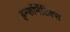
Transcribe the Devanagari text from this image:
इन्फॉर्मेटिक्स